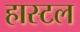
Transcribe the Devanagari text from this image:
हास्टल